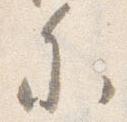
参